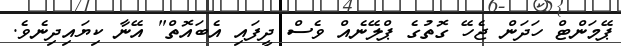
ޕޭމަންޓް ހަދަން ޖެހޭ ގޮތުގެ ޕްލޭނެއް ވެސް ދީފައި އެބައޮތް" އޭނާ ކިޔައިދިނެވެ.